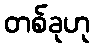
တစ်ခုဟု